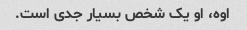
اوه، او یک شخص بسیار جدی است.